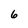
Character: 6